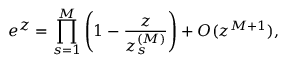
e ^ { \textstyle z } = \prod _ { s = 1 } ^ { \cal M } \left( 1 - \frac { z } { z _ { s } ^ { ( { \cal M } ) } } \right) + { \cal O } ( z ^ { { \cal M } + 1 } ) ,